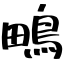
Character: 鴫